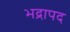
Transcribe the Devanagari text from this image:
भद्रापद